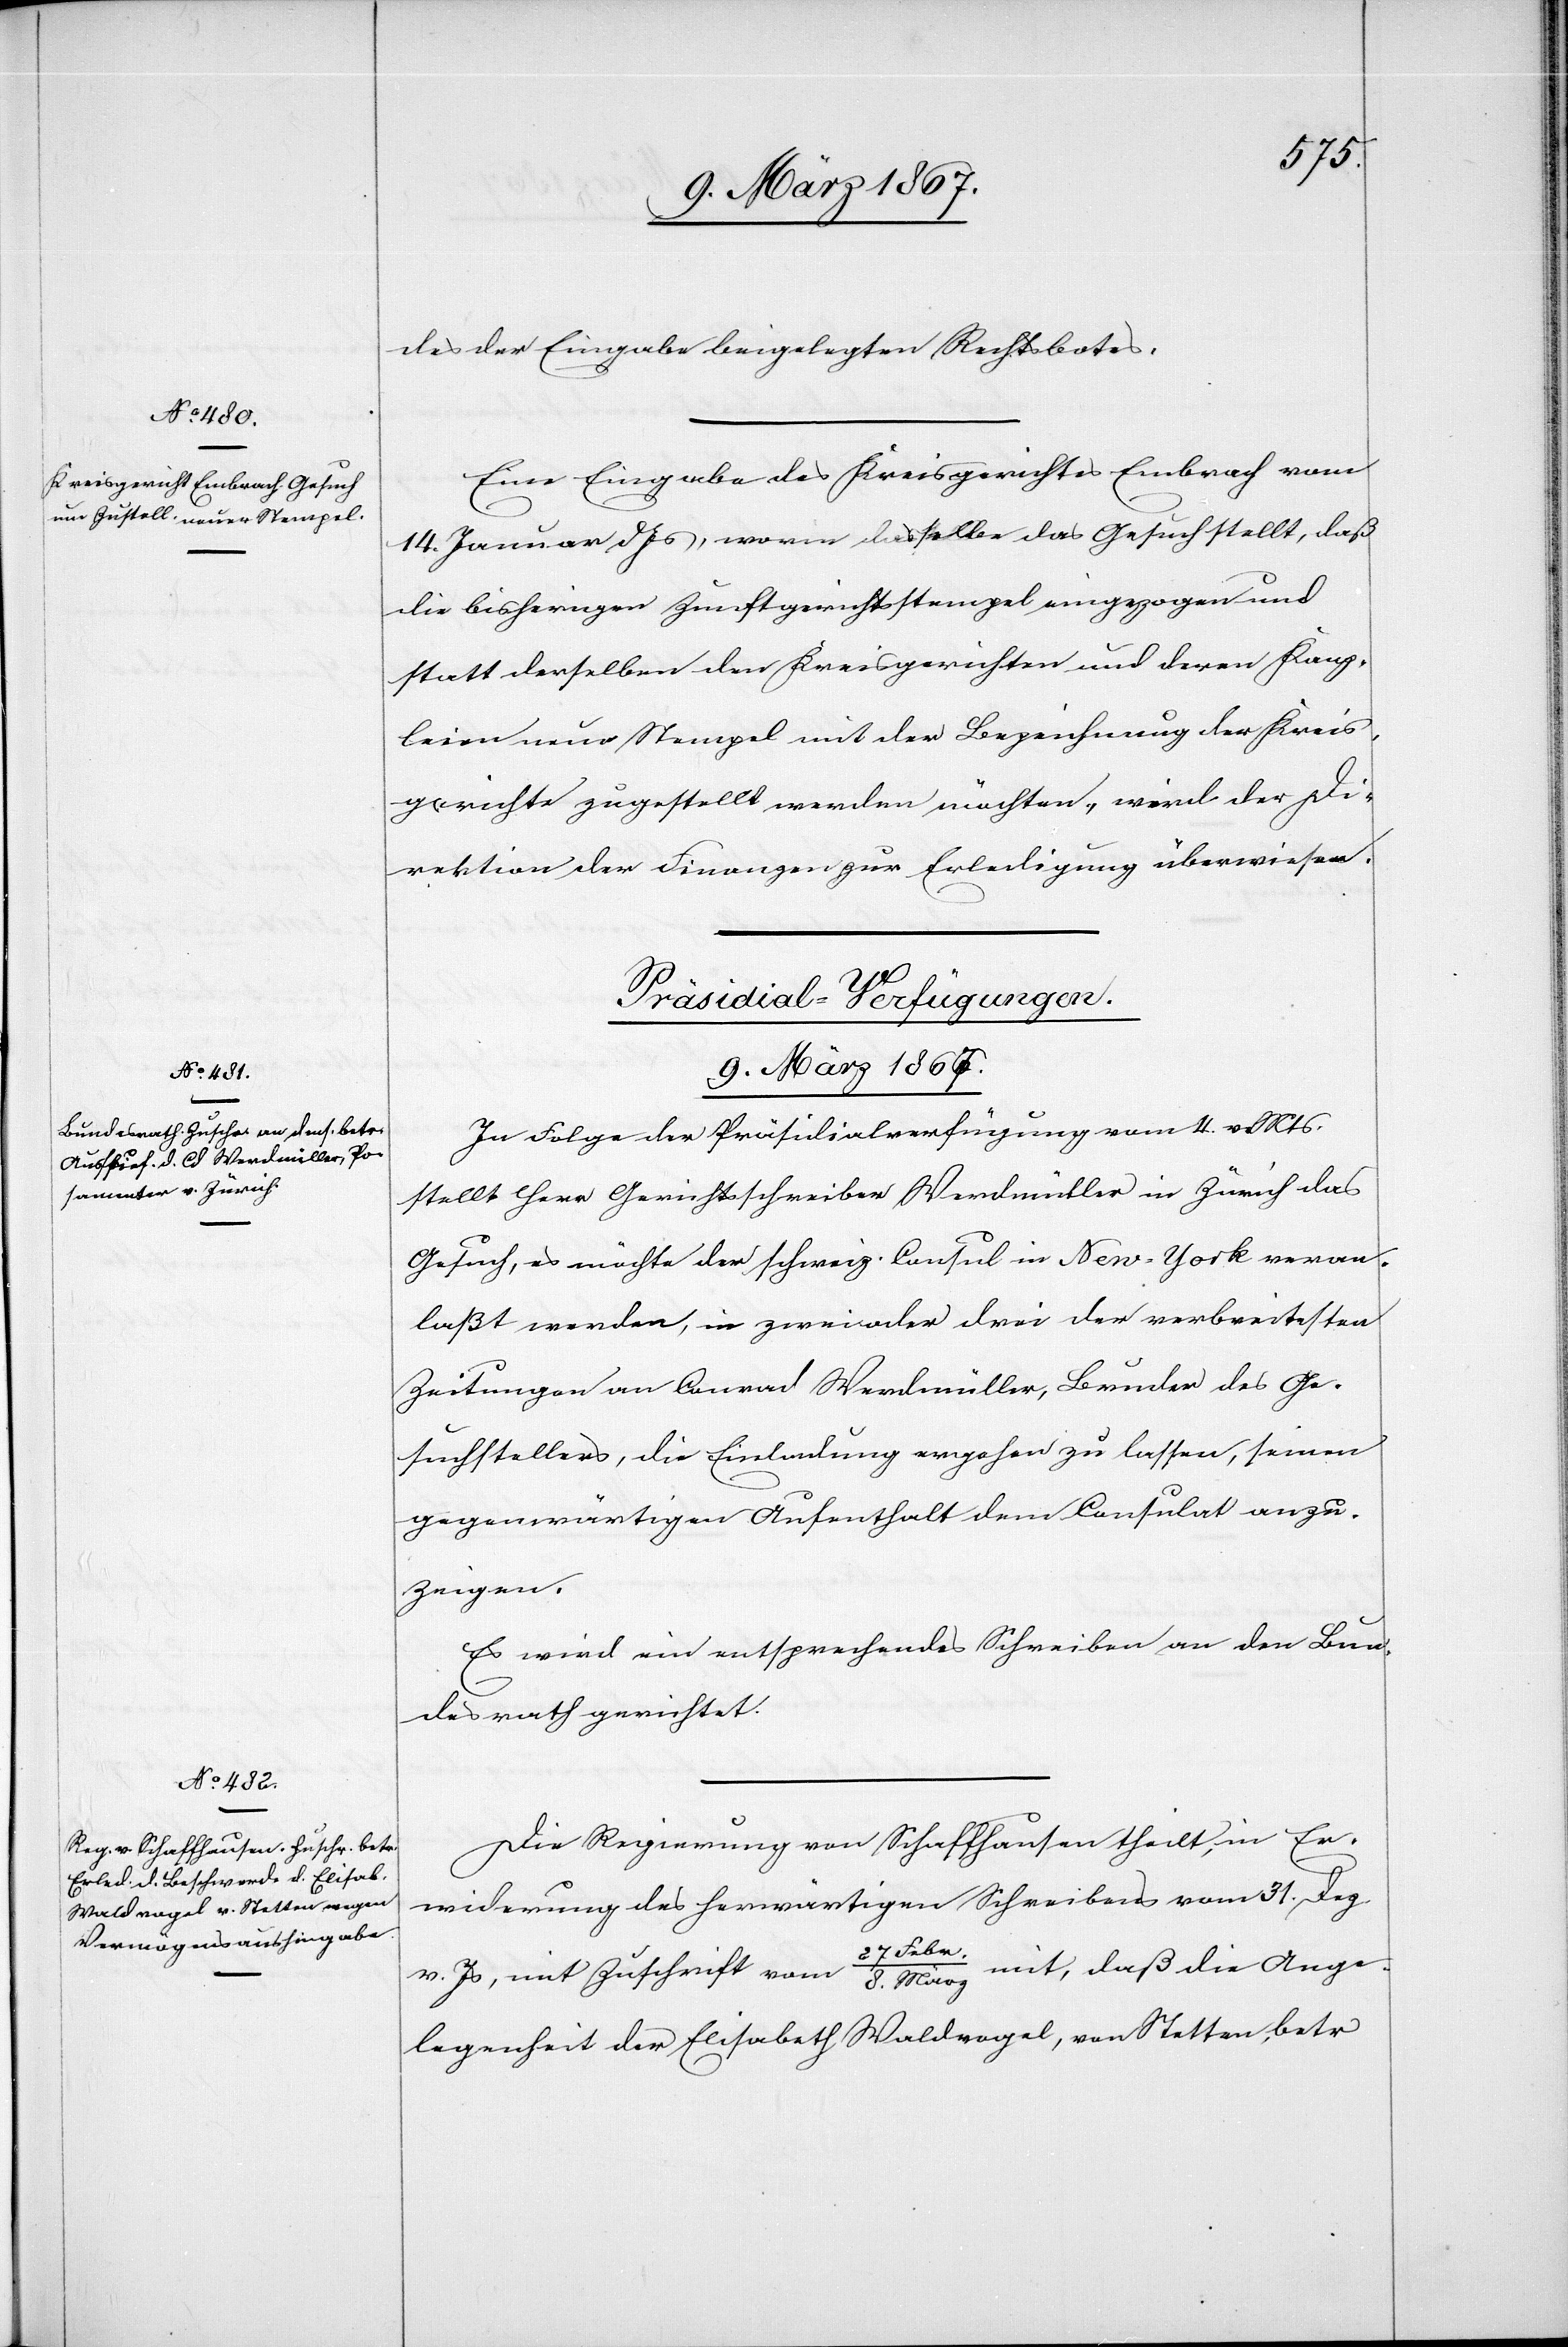
des der Eingabe beigelegten Rechtsbotes.
Eine Eingabe des Kreisgerichtes Embrach vom
14. Januar d. Js, worin dasselbe das Gesuch stellt, daß
die bisherigen Zunftgerichtsstempel eingezogen und
statt derselben den Kreisgerichten und deren Kanz¬
leien nur Stempel mit der Bezeichnung der Kreis¬
gerichte zugestellt werden möchten, wird der Di¬
rektion der Finanzen zur Erledigung überwiesen.
[Präsidial-Verfügungen.
9. März 1867.]
In Folge der Präsidialverfügung vom 4. v. Mts
stellt Herr Gerichtsschreiber Werdmüller in Zürich das
Gesuch, es möchte der schweiz. Consul in New-York veran¬
laßt werden, in zwei oder drei der verbreitesten
Zeitungen an Conrad Werdmüller, Bruder des Ge¬
suchstellers, die Einladung ergehen zu lassen, seinen
gegenwärtigen Aufenthalt dem Consulat anzu¬
zeigen.
Es wird ein entsprechendes Schreiben an den Bun¬
desrath gerichtet.
Die Regierung von Schaffhausen theilt, in Er¬
widerung des herwärtigen Schreibens vom 31. Dez.
mit, daß die Ange¬
v. Js , mit Zuschrift vom 27 Febr.
legenheit der Elisabeth Waldvogel, von Stetten, betr